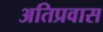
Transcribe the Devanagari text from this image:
अतिप्रवास